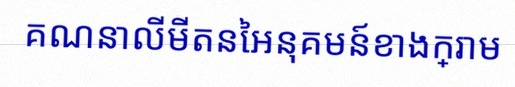
គណនាលីមីតនៃអនុគមន៍ខាងក្រោម